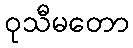
ဝုသီမတော